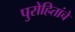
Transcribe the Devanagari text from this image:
पुरोहितांचे